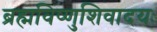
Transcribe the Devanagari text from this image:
ब्रह्मविष्णुशिवादयः